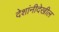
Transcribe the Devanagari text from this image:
देशांनीदेखील